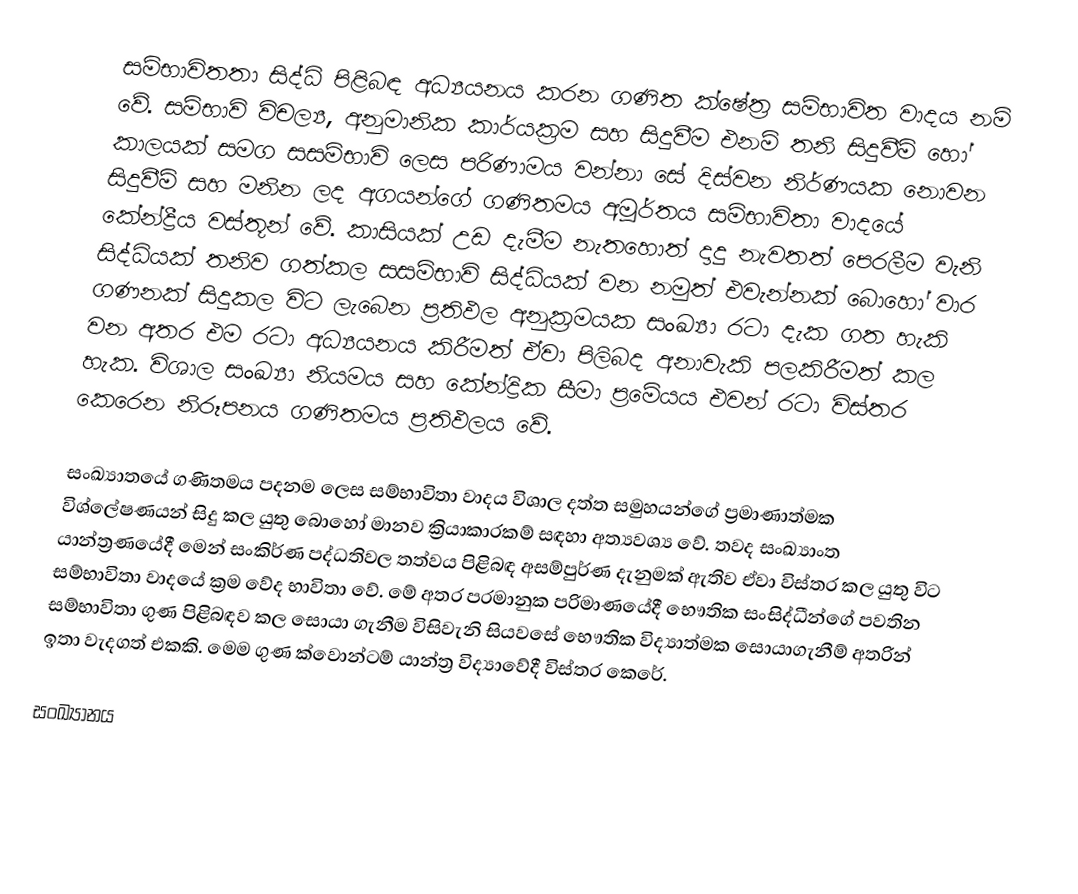
සම්භාවිතතා සිද්ධි පිළිබඳ අධ්‍යයනය කරන ගණිත ක්ෂේත්‍ර සම්භාවිත වාදය නම් වේ. සම්භාවි විචල්‍ය, අනුමානික කාර්යක්‍රම සහ සිදුවීම එනම් තනි සිදුවීම් හෝ කාලයක් සමග සසම්භාවි ලෙස පරිණාමය වන්නා සේ දිස්වන නිර්ණයක නොවන සිදුවීම් සහ මනින ලද අගයන්ගේ ගණිතමය අමූර්තය සම්භාවිතා වාදයේ කේන්ද්‍රීය වස්තූන් වේ. කාසියක් උඩ දැමීම නැතහොත් දාදු නැවතත් පෙරලීම වැනි සිද්ධියක් තනිව ගත්කල සසම්භාවි සිද්ධියක් වන නමුත් එවැන්නක් බොහෝ වාර ගණනක් සිදුකල විට ලැබෙන ප්‍රතිඵල අනුක්‍රමයක සංඛ්‍යා රටා දැක ගත හැකි වන අතර එම රටා අධ්‍යයනය කිරීමත් ඒවා පිලිබද අනාවැකි පලකිරීමත් කල හැක. විශාල සංඛ්‍යා නියමය සහ කේන්ද්‍රික සීමා ප්‍රමේයය එවන් රටා විස්තර කෙරෙන නිරූපනය ගණිතමය ප්‍රතිඵලය වේ.

සංඛ්‍යාතයේ ගණිතමය පදනම ලෙස සම්භාවිතා වාදය විශාල දත්ත සමුහයන්ගේ ප්‍රමාණාත්මක විශ්ලේෂණයන් සිදු කල යුතු බොහෝ මානව ක්‍රියාකාරකම් සඳහා අත්‍යවශ්‍ය වේ. තවද සංඛ්‍යාංත යාන්ත්‍රණයේදී මෙන් සංකිර්ණ පද්ධතිවල තත්වය පිළිබඳ අසම්පුර්ණ දැනුමක් ඇතිව ඒවා විස්තර කල යුතු විට සම්භාවිතා වාදයේ ක්‍රම වේද භාවිතා වේ. මේ අතර පරමානුක පරිමාණයේදී භෞතික සංසිද්ධීන්ගේ පවතින සම්භාවිතා ගුණ පිළිබඳව කල සොයා ගැනීම විසිවැනි සිය‍වසේ භෞතික විද්‍යාත්මක සොයාගැනීම් අතරින් ඉතා වැදගත් එකකි. මෙම ගුණ ක්වොන්ටම් යාන්ත්‍ර විද්‍යාවේදී විස්තර කෙරේ.

සංඛ්‍යානය